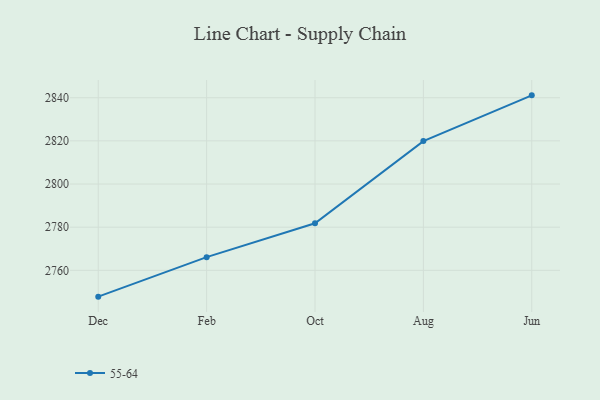
{"axis": {"x": "Month", "y": "Satisfaction Score"}, "legend": ["55-64"], "data": [{"x": "Dec", "y": 2747.8, "type": "55-64"}, {"x": "Feb", "y": 2766.1, "type": "55-64"}, {"x": "Oct", "y": 2781.8, "type": "55-64"}, {"x": "Aug", "y": 2819.9, "type": "55-64"}, {"x": "Jun", "y": 2841.1, "type": "55-64"}]}